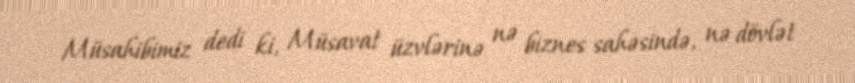
Müsahibimiz dedi ki, Müsavat üzvlərinə nə biznes sahəsində, nə dövlət